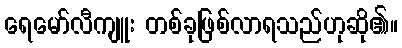
ရေမော်လီကျူး တစ်ခုဖြစ်လာရသည်ဟုဆို၏။